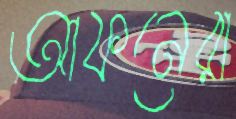
আফনেরা